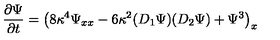
{ \frac { \partial \Psi } { \partial t } } = \left( 8 \kappa ^ { 4 } \Psi _ { x x } - 6 \kappa ^ { 2 } ( D _ { 1 } \Psi ) ( D _ { 2 } \Psi ) + \Psi ^ { 3 } \right) _ { x }